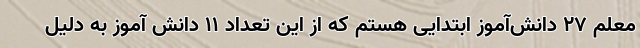
معلم ۲۷ دانش‌آموز ابتدایی هستم که از این تعداد ۱۱ دانش آموز به دلیل